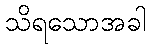
သိရသောအခါ